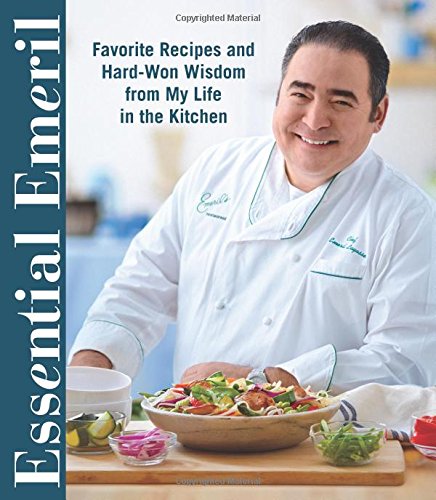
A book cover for Essential Emeril: Favorite Recipes and Hard-Won Wisdom From My Life in the Kitchen; Emeril Lagasse; Cookbooks, Food & Wine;